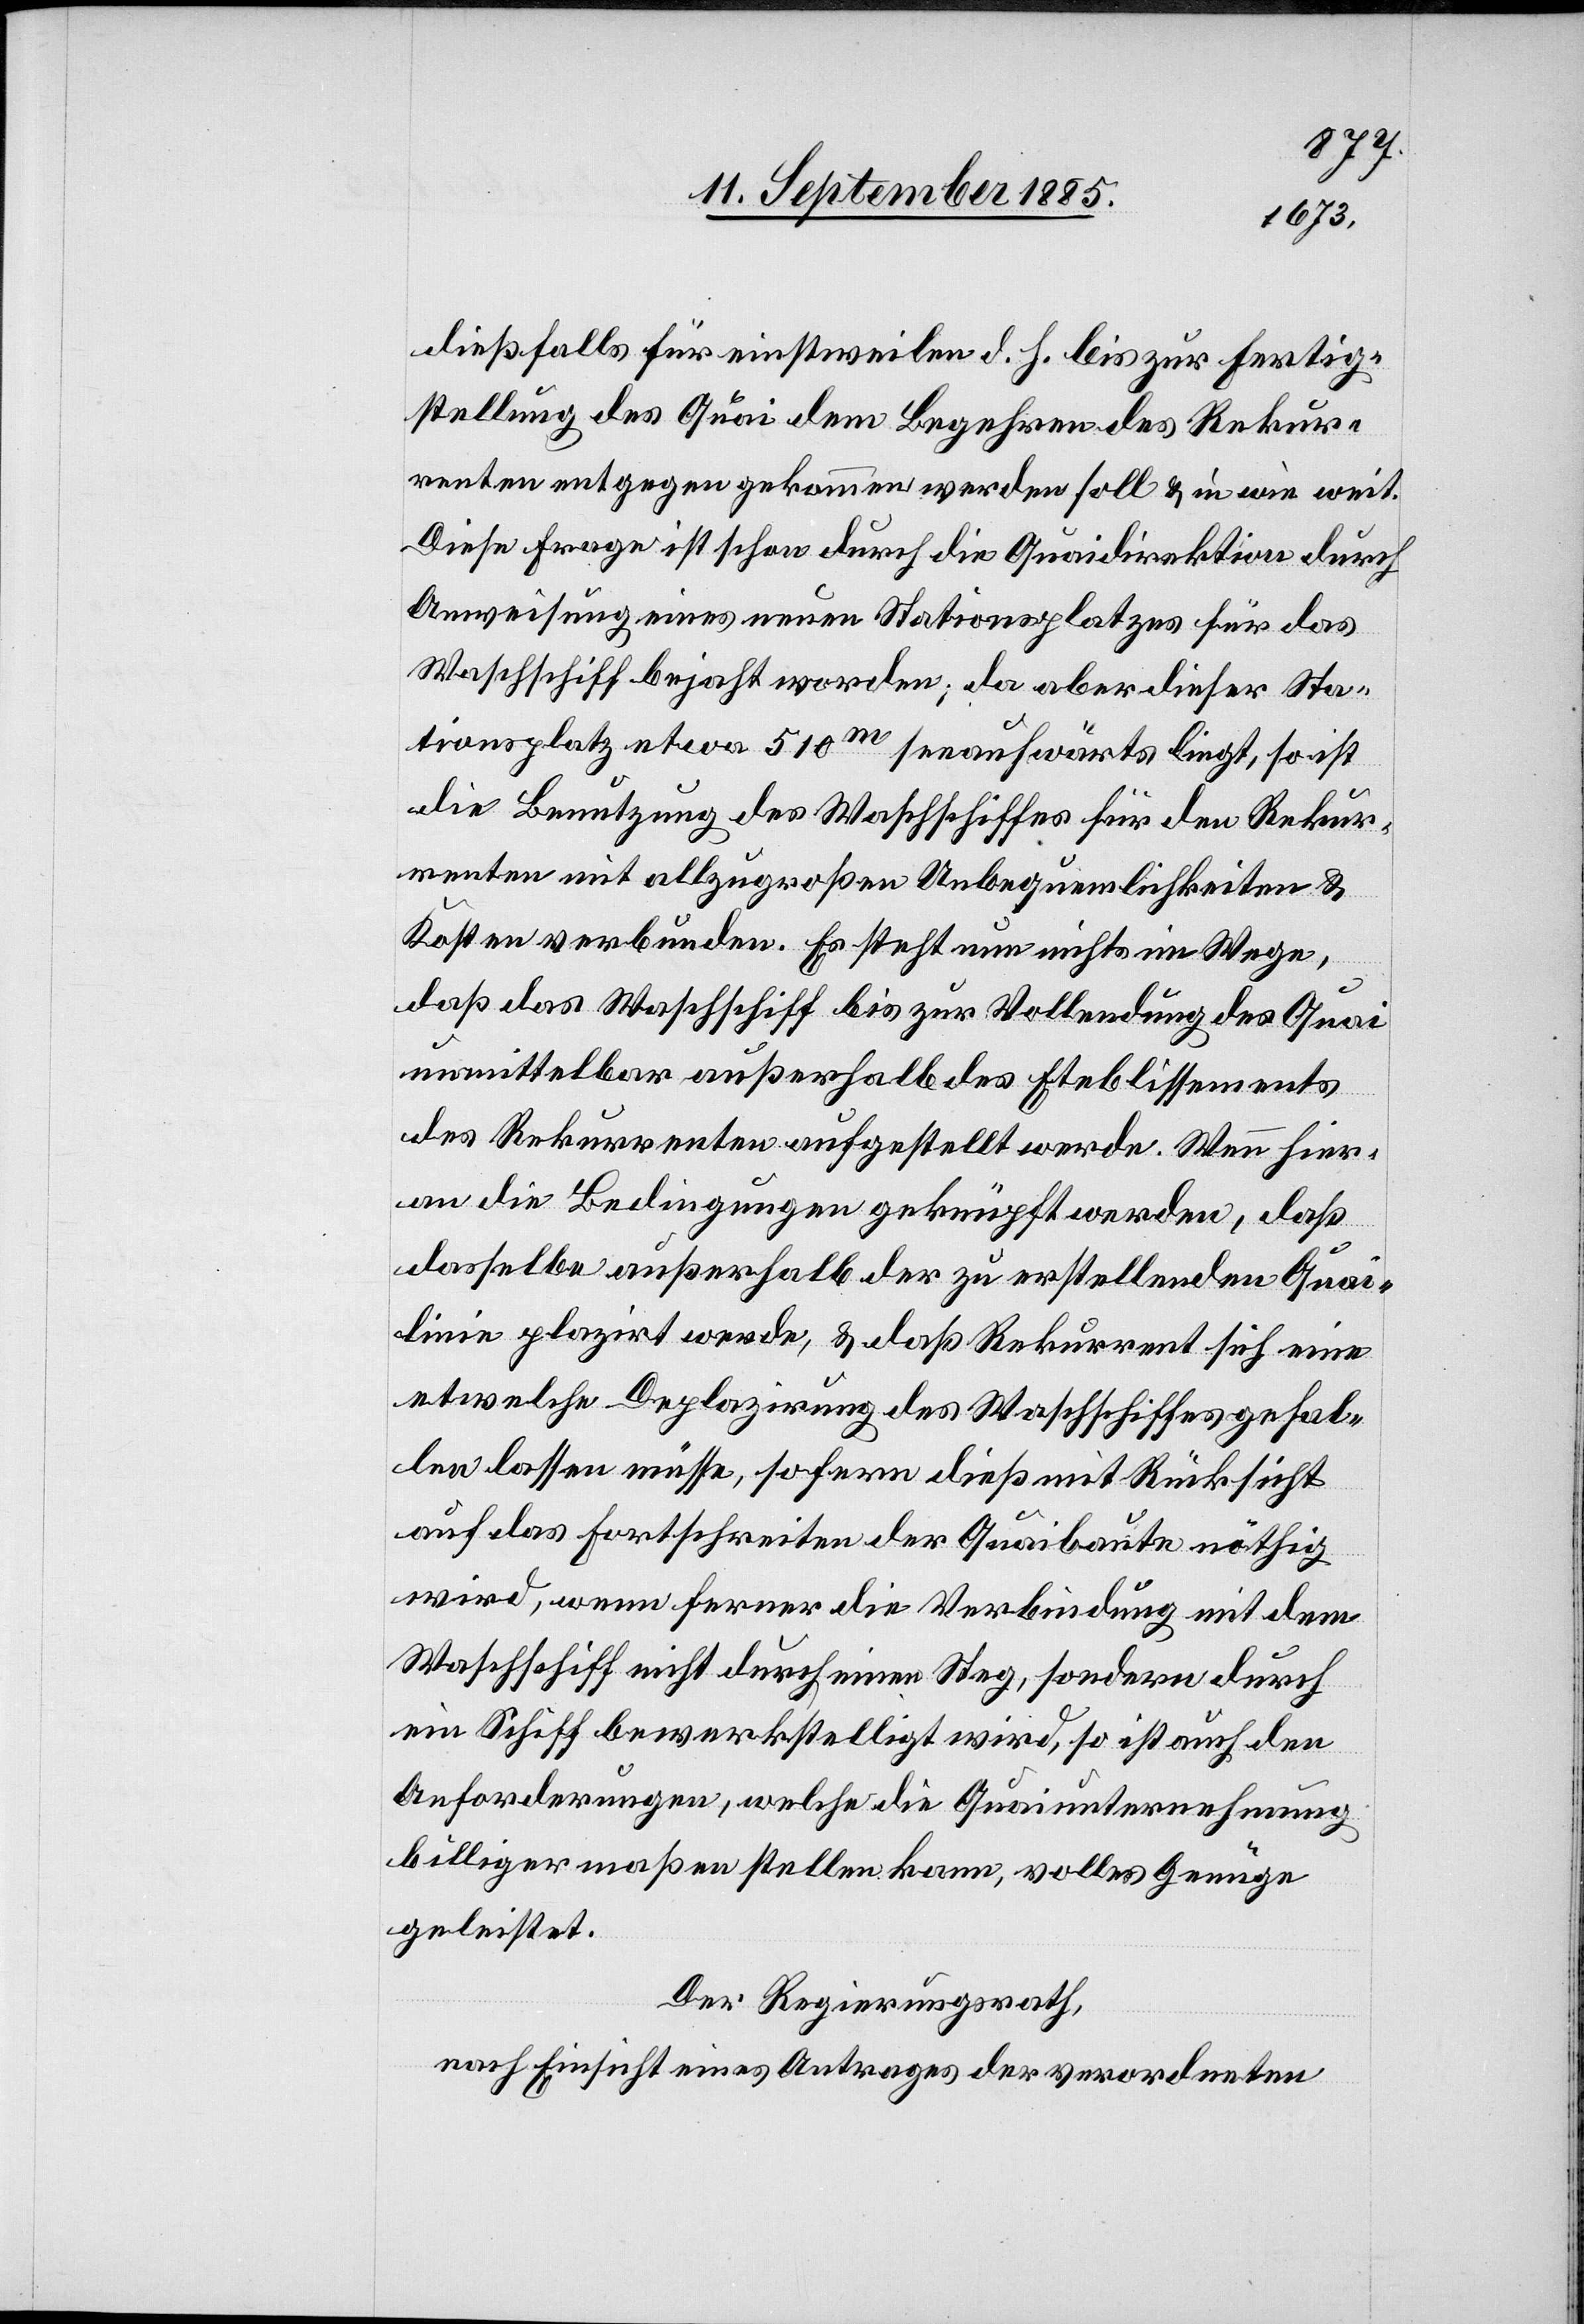
dießfalls für einstweilen d. h. bis zur Fertig¬
stellung des Quai dem Begehren des Rekur¬
renten entgegen gekommen werden soll & in wie weit.
Diese Frage ist schon durch die Quaidirektion durch
Anweisung eines neuen Stationsplatzes für das
Waschschiff bejaht worden; da aber dieser Sta¬
tionsplatz etwa 510m seeaufwärts liegt, so ist
die Benutzung des Waschschiffes für den Rekur¬
renten mit allzugroßen Unbequemlichkeiten &
Kosten verbunden. Es steht nun nichts im Wege,
daß das Waschschiff bis zur Vollendung des Quai
unmittelbar außerhalb des Etablissements
des Rekurrenten aufgestellt werde. Wenn hier¬
an die Bedingungen geknüpft werden, daß
dasselbe außerhalb der zu erstellenden Quai¬
linie plazirt werde, & daß Rekurrent sich eine
etwelche Deplazirung des Waschschiffes gefal¬
len lassen müsse, sofern dieß mit Rücksicht
auf das Fortschreiten der Quaibaute nöthig
wird, wenn ferner die Verbindung mit dem
Waschschiff nicht durch einen Steg, sondern durch
ein Schiff bewerkstelligt wird, so ist auch den
Anforderungen, welche die Quaiunternehmung
billigermaßen stellen kann, volles Genüge
geleistet.
Der Regierungsrath,
nach Einsicht eines Antrages der verordneten